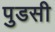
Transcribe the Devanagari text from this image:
पुडसी